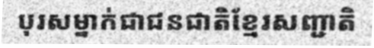
បុរសម្នាក់ជាជនជាតិខ្មែរសញ្ជាតិ